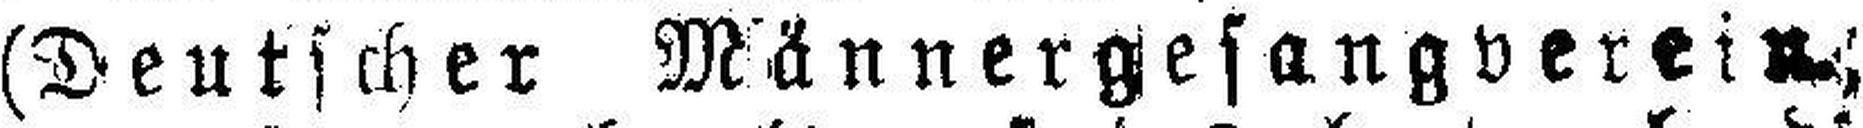
(Deutscher Männergesangverein)